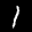
Label: 1